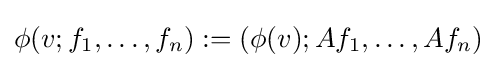
\phi (v;f_{1},\dots ,f_{n}):=(\phi (v);Af_{1},\dots ,Af_{n})